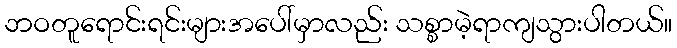
ဘဝတူရောင်းရင်းများအပေါ်မှာလည်း သစ္စာမဲ့ရာကျသွားပါတယ်။